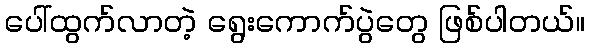
ပေါ်ထွက်လာတဲ့ ရွေးကောက်ပွဲတွေ ဖြစ်ပါတယ်။